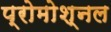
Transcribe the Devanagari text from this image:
प्रोमोश्नल